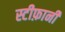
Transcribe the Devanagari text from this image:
स्टीफ़ानी